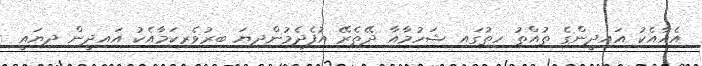
އެއާއެކު އައިދީންގެ ތުއްތު ހިތުގައި ޝަހުމާއާ ދޭތެރޭ އުފެދެމުންދިޔަ ބިރުވެރިކަމާއެކު އައިދީން ދިޔައީ